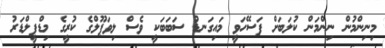
މިނިންމުން ނިންމަން ކުލަބަށް ފަސޭހަވީ މައިގަނޑު ސަބަބަކީ ވެސް ލިވަޕޫލްގެ ކުރީގެ މިޑްފީލްޑަރު